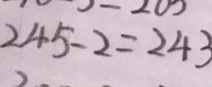
2 4 5 - 2 = 2 4 3